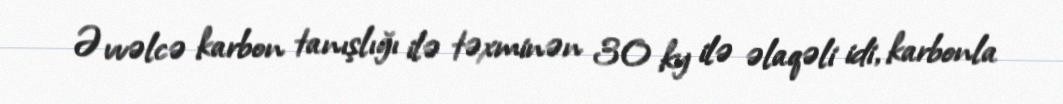
Əvvəlcə karbon tanışlığı ilə təxminən 30 ky ilə əlaqəli idi, karbonla